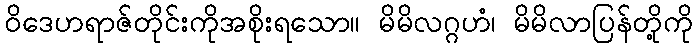
ဝိဒေဟရာဇ်တိုင်းကိုအစိုးရသော။ မိမိလဂ္ဂဟံ၊ မိမိလာပြန်တို့ကို